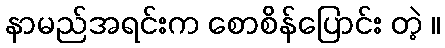
နာမည်အရင်းက စောစိန်ပြောင်း တဲ့ ။